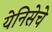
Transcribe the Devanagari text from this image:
येनिसेचे